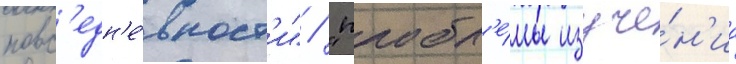
повс'едн'е́вност'и" / "пробл'е́мы изуче́н'иа